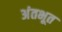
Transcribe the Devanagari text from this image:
अंतभूत